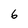
Character: 6